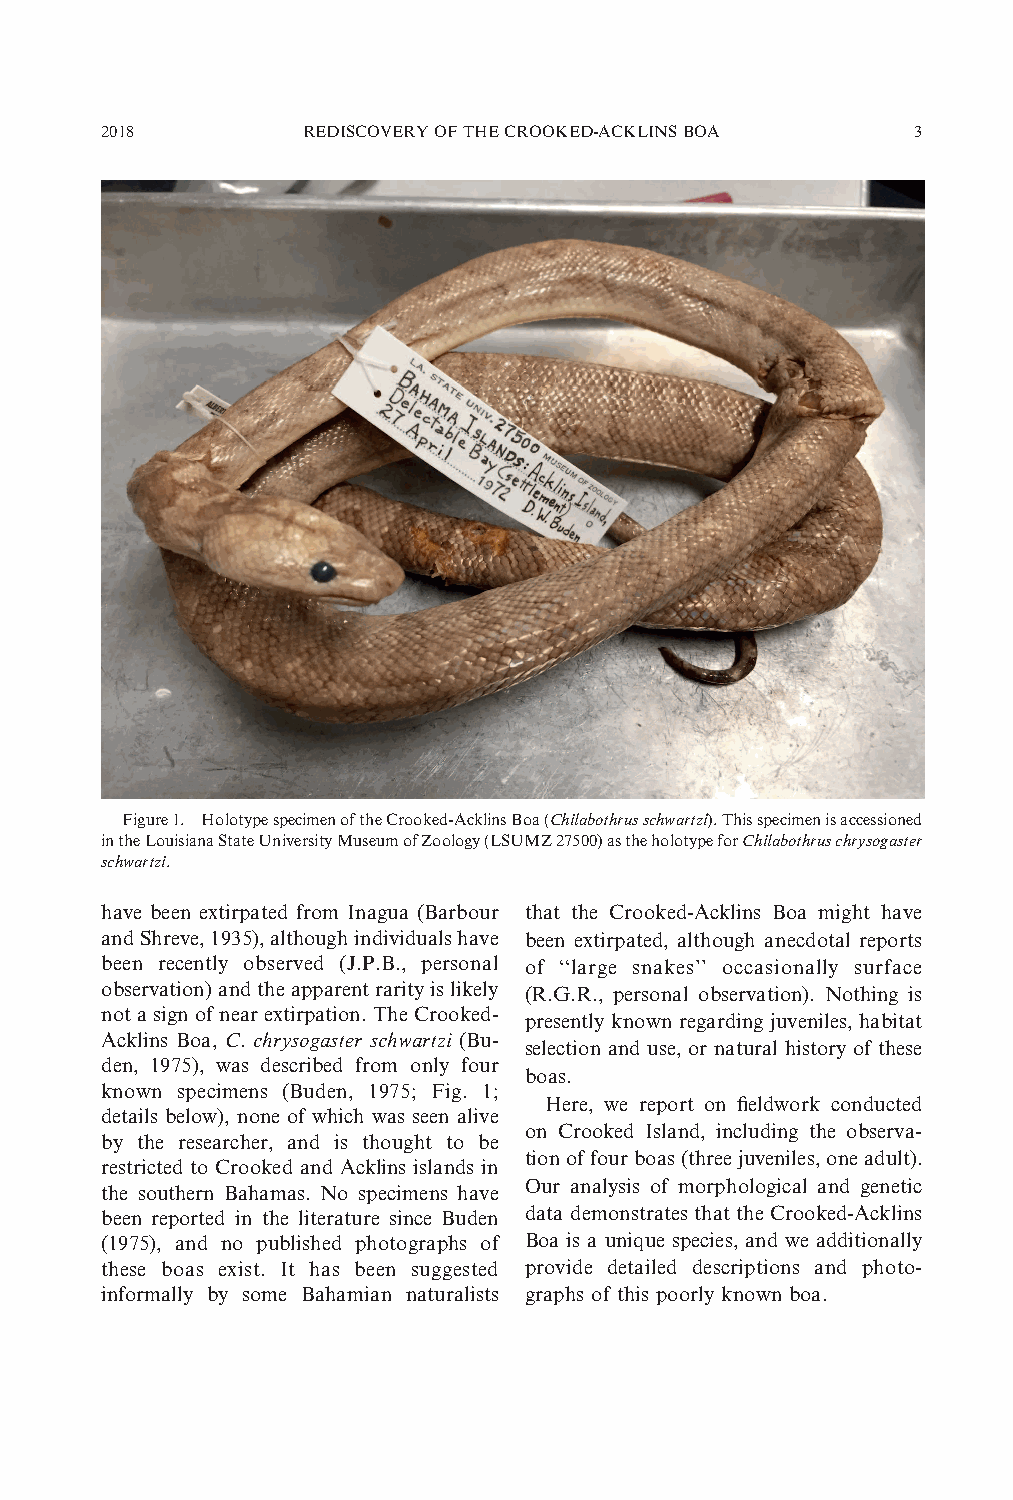
2018         REDISCOVERYOFTHECROOKED-ACKLINSBOA      3
 Figure1. HolotypespecimenoftheCrooked-AcklinsBoa(Chilabothrusschwartzi).Thisspecimenisaccessioned
 intheLouisianaStateUniversityMuseumofZoology(LSUMZ27500)astheholotypeforChilabothruschrysogaster
 schwartzi.
 have been extirpated from Inagua (Barbour that the Crooked-Acklins Boa might have
 andShreve,1935),althoughindividualshave been extirpated, although anecdotal reports
 been recently observed (J.P.B., personal of ‘‘large snakes’’ occasionally surface
 observation)andtheapparentrarityislikely (R.G.R., personal observation). Nothing is
 notasignofnearextirpation.TheCrooked-
 presently known regarding juveniles, habitat
 Acklins Boa, C. chrysogaster schwartzi (Bu-
 selection and use, or natural history of these
 den, 1975), was described from only four
 boas.
 known specimens (Buden, 1975; Fig. 1;
 Here, we report on fieldwork conducted
 details below), none of which was seen alive
 on Crooked Island, including the observa-
 by the researcher, and is thought to be
 tionoffourboas(threejuveniles,oneadult).
 restricted to Crooked and Acklins islands in
 Our analysis of morphological and genetic
 the southern Bahamas. No specimens have
 been reported in the literature since Buden datademonstrates thatthe Crooked-Acklins
 (1975), and no published photographs of Boa is a unique species, and we additionally
 these boas exist. It has been suggested provide detailed descriptions and photo-
 informally by some Bahamian naturalists graphs of this poorly known boa.